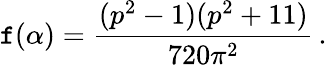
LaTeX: \mathtt{f}(\alpha)=\frac{{(p^{2}-1)(p^{2}+11)}}{{720\pi^{2}}}\, .